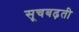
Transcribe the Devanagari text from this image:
सूचबढ़ती